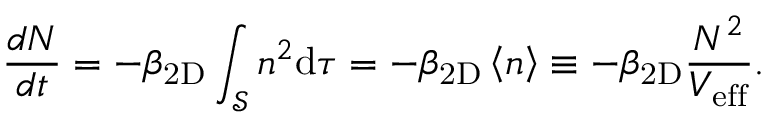
\frac { d N } { d t } = - \beta _ { \mathrm { 2 D } } \int _ { \mathcal { S } } n ^ { 2 } \mathrm { d } \tau = - \beta _ { \mathrm { 2 D } } \left< n \right> \equiv - \beta _ { \mathrm { 2 D } } \frac { N ^ { 2 } } { V _ { \mathrm { e f f } } } .